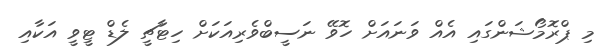
މި ޕްރޮމޯޝަންގައި އެއް ވަނައަށް ހޮވޭ ނަސީބްވެރިއަކަށް ހިޓާޗީ ލެޑް ޓީވީ އަކާއި